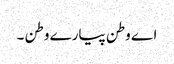
اے وطن پیارے وطن ۔